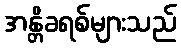
အန္တိခရစ်များသည်